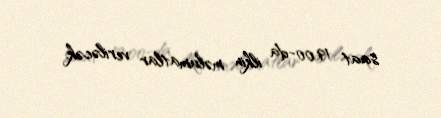
saat 19.00-da ilkin məlumatlar veriləcək.